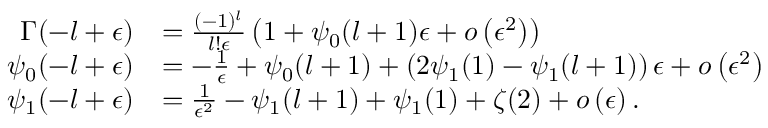
\begin{array} { r l } { \Gamma ( - l + \epsilon ) } & { = \frac { ( - 1 ) ^ { l } } { l ! \epsilon } \left( 1 + \psi _ { 0 } ( l + 1 ) \epsilon + o \left( \epsilon ^ { 2 } \right) \right) } \\ { \psi _ { 0 } ( - l + \epsilon ) } & { = - \frac { 1 } { \epsilon } + \psi _ { 0 } ( l + 1 ) + \left( 2 \psi _ { 1 } ( 1 ) - \psi _ { 1 } ( l + 1 ) \right) \epsilon + o \left( \epsilon ^ { 2 } \right) } \\ { \psi _ { 1 } ( - l + \epsilon ) } & { = \frac { 1 } { \epsilon ^ { 2 } } - \psi _ { 1 } ( l + 1 ) + \psi _ { 1 } ( 1 ) + \zeta ( 2 ) + o \left( \epsilon \right) . } \end{array}